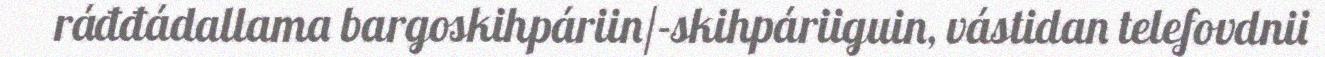
ráđđádallama bargoskihpáriin/-skihpáriiguin, vástidan telefovdnii